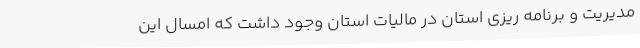
مدیریت و برنامه ریزی استان در مالیات استان وجود داشت که امسال این